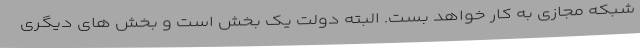
شبکه مجازی به کار خواهد بست. البته دولت یک بخش است و بخش های دیگری